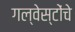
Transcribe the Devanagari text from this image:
गल्वेस्टोंचे